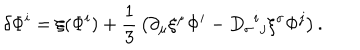
\delta \Phi ^ { i } = \xi ( \Phi ^ { i } ) + { \frac { 1 } { 3 } } \left( \partial _ { \mu } \xi ^ { \mu } \Phi ^ { i } - D _ { \sigma } { } ^ { i } { } _ { j } \xi ^ { \sigma } \Phi ^ { j } \right) .